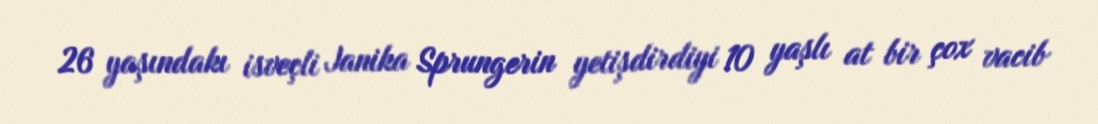
26 yaşındakı isveçli Janika Sprungerin yetişdirdiyi 10 yaşlı at bir çox vacib